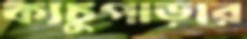
ক্যচুপাড়ার